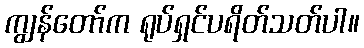
ကျွန်တော်က ရုပ်ရှင်ပရိတ်သတ်ပါ။